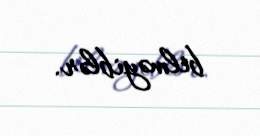
bilməyiblər.